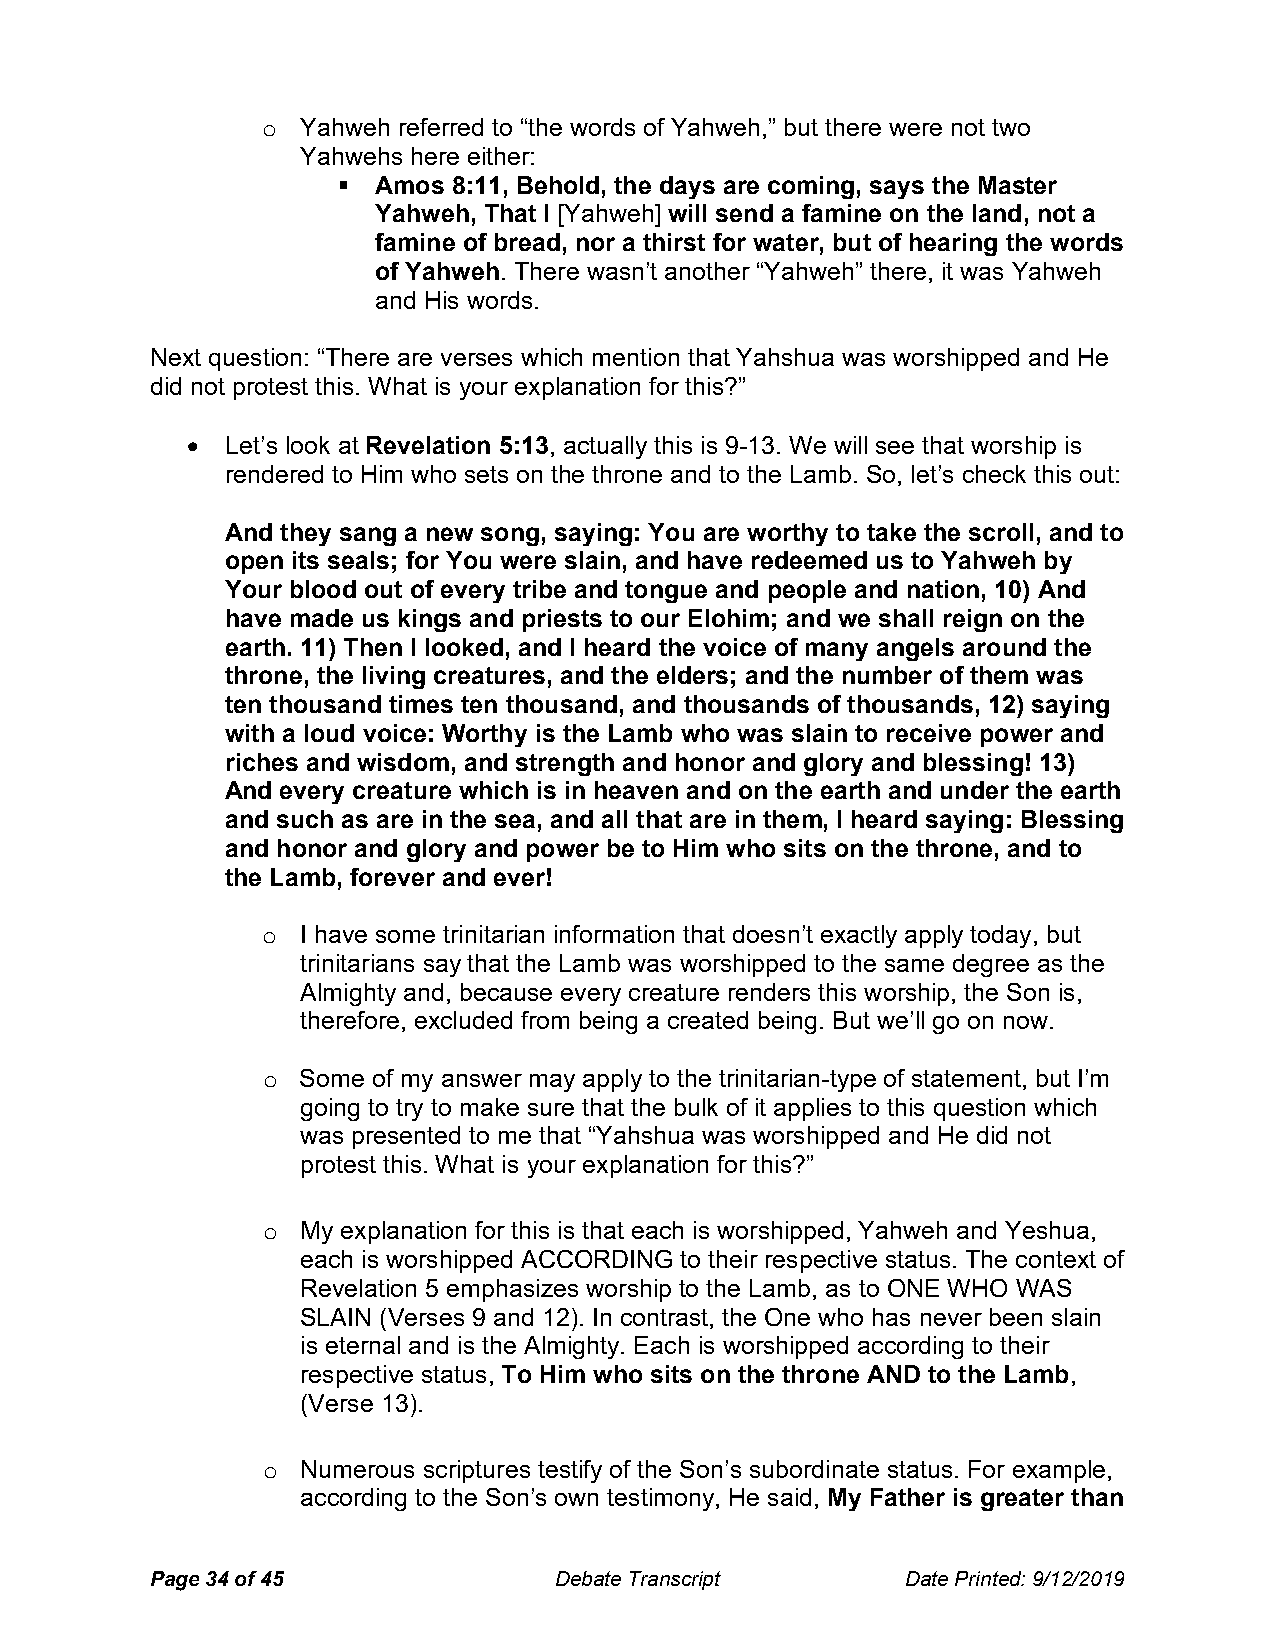
o  Yahweh referred to “the words of Yahweh,” but there were not two
 Yahwehs here either:
   Amos 8:11, Behold, the days are coming, says the Master
 Yahweh, That I [Yahweh] will send a famine on the land, not a
 famine of bread, nor a thirst for water, but of hearing the words
 of Yahweh. There wasn’t another “Yahweh” there, it was Yahweh
 and His words.
 Next question: “There are verses which mention that Yahshua was worshipped and He
 did not protest this. What is your explanation for this?”
   Let’s look at Revelation 5:13, actually this is 9-13. We will see that worship is
 rendered to Him who sets on the throne and to the Lamb. So, let’s check this out:
 And they sang a new song, saying: You are worthy to take the scroll, and to
 open its seals; for You were slain, and have redeemed us to Yahweh by
 Your blood out of every tribe and tongue and people and nation, 10) And
 have made us kings and priests to our Elohim; and we shall reign on the
 earth. 11) Then I looked, and I heard the voice of many angels around the
 throne, the living creatures, and the elders; and the number of them was
 ten thousand times ten thousand, and thousands of thousands, 12) saying
 with a loud voice: Worthy is the Lamb who was slain to receive power and
 riches and wisdom, and strength and honor and glory and blessing! 13)
 And every creature which is in heaven and on the earth and under the earth
 and such as are in the sea, and all that are in them, I heard saying: Blessing
 and honor and glory and power be to Him who sits on the throne, and to
 the Lamb, forever and ever!
 o  I have some trinitarian information that doesn’t exactly apply today, but
 trinitarians say that the Lamb was worshipped to the same degree as the
 Almighty and, because every creature renders this worship, the Son is,
 therefore, excluded from being a created being. But we’ll go on now.
 o  Some of my answer may apply to the trinitarian-type of statement, but I’m
 going to try to make sure that the bulk of it applies to this question which
 was presented to me that “Yahshua was worshipped and He did not
 protest this. What is your explanation for this?”
 o  My explanation for this is that each is worshipped, Yahweh and Yeshua,
 each is worshipped ACCORDING to their respective status. The context of
 Revelation 5 emphasizes worship to the Lamb, as to ONE WHO WAS
 SLAIN (Verses 9 and 12). In contrast, the One who has never been slain
 is eternal and is the Almighty. Each is worshipped according to their
 respective status, To Him who sits on the throne AND to the Lamb,
 (Verse 13).
 o  Numerous scriptures testify of the Son’s subordinate status. For example,
 according to the Son’s own testimony, He said, My Father is greater than
 Page 34 of 45              Debate Transcript      Date Printed: 9/12/2019